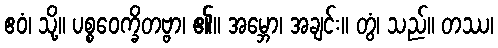
ဧဝံ၊ သို့။ ပစ္စဝေက္ခိတဗ္ဗာ၊ ၏။ အမ္ဘော၊ အချင်း။ တွံ၊ သည်။ တဿ၊